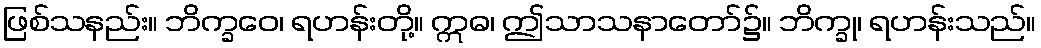
ဖြစ်သနည်း။ ဘိက္ခဝေ၊ ရဟန်းတို့။ ဣဓ၊ ဤသာသနာတော်၌။ ဘိက္ခု၊ ရဟန်းသည်။